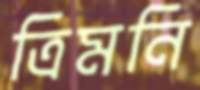
ত্রিমনি